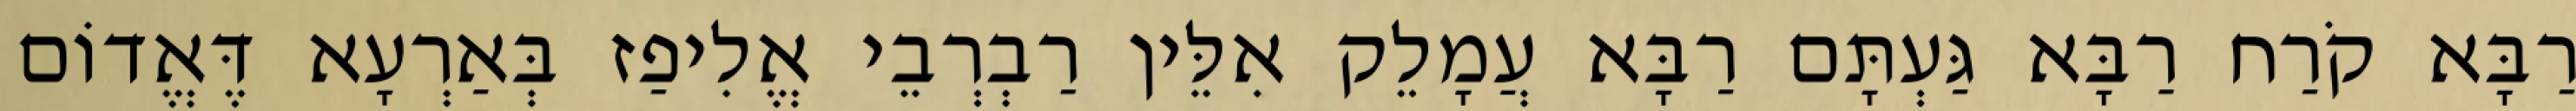
רַבָּא קֹרַח רַבָּא גַּעְתָּם רַבָּא עֲמָלֵק אִלֵּין רַבְרְבֵי אֱלִיפַז בְּאַרְעָא דֶּאֱדוֹם